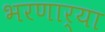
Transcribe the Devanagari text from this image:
भरणार्या